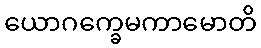
ယောဂက္ခေမကာမောတိ